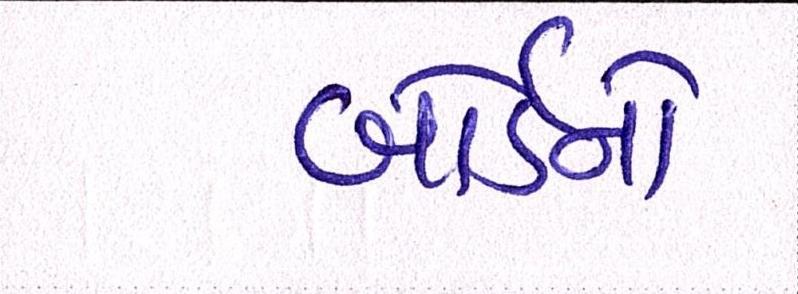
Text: બોર્ડનો